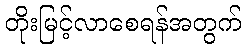
တိုးမြင့်လာစေရန်အတွက်